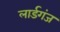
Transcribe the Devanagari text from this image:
लार्डगंज